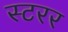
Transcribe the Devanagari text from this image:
स्टरर